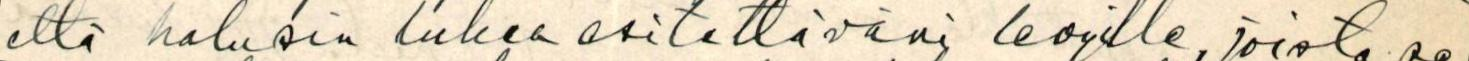
että halusin lukea esitettäväni levyille, joista se